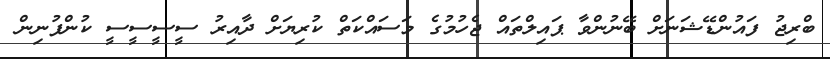
ބްރިޖު ފައުންޑޭޝަނަށް ބޭނުންވާ ޕައިލްތައް ޖެހުމުގެ މަސައްކަތް ކުރިޔަށް ދާއިރު ސީސީސީސީ ކުންފުނިން